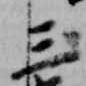
三